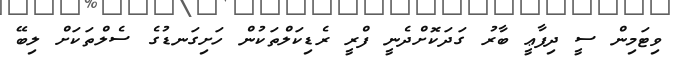
ވިޓަމިން ސީ ދިފާޢީ ބާރު ގަދަކޮށްދެނީ ފްރީ ރެޑިކަލްތަކުން ހަށިގަނޑުގެ ސެލްތަކަށް ލިބޭ